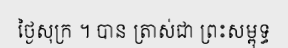
ថ្ងៃសុក្រ ។ បាន ត្រាស់ជា ព្រះសម្ពុទ្ធ